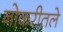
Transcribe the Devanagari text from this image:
नोकरीतले